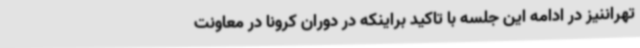
تهراننیز در ادامه این جلسه با تاکید براینکه در دوران کرونا در معاونت